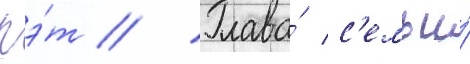
пэ́т // Глава́ с'емьи́